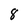
Character: 8